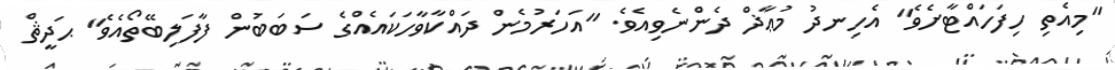
"މިއެތި ހިފަހައްޓާށެވެ" އެހިނދު މުޢާޛް ދެންނެވިއެވެ. "އަހަރުމެން ދައްކާވާހަކައެއްގެ ސަބަބުން ފާފަލިބޭތޯއެވެ" ޙަދީޘް